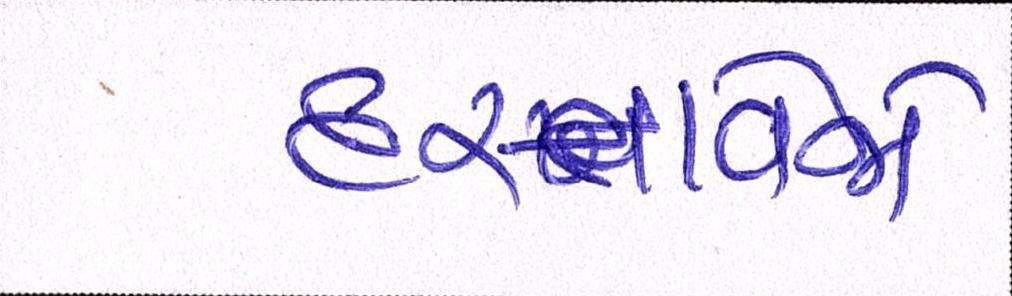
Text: દસ્તાવેજો